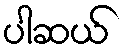
ပါဆယ်